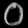
Digit: ၀